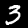
Digit: 3